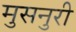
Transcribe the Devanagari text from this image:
मुसनुरी